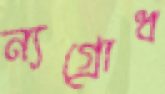
ন্যগ্রোধ